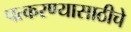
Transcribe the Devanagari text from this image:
पत्करण्यासाठीचे